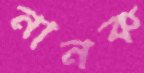
নানক